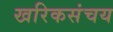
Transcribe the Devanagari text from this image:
खरिकसंचय